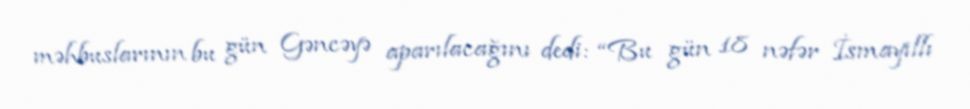
məhbuslarının bu gün Gəncəyə aparılacağını dedi: “Bu gün 18 nəfər İsmayıllı